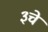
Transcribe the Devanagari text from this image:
३चे